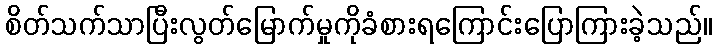
စိတ်သက်သာပြီးလွတ်မြောက်မှုကိုခံစားရကြောင်းပြောကြားခဲ့သည်။